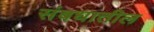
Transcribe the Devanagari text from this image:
संबधातील